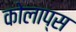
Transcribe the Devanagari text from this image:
कोलाप्स